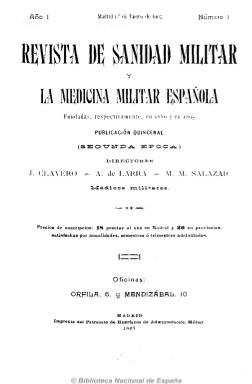
Título: Revista de sanidad militar y la medicina militar española
Colección: Medicina militar
Ámbito geográfico: Madrid
Lugar de publicación: Madrid
Fechas: 01/01/1907-15/12/1910

Fusión de las publicaciones Revista de sanidad militar (1887) y La medicina militar española (1895), esta cabecera es producto de “la necesidad de que exista sólo un periódico” en la prensa profesional española como órgano del Cuerpo oficial de Sanidad Militar, que agrupa a los médicos y farmacéuticos del ejército. La primera venía publicándose, bajo diferentes variaciones en su título, desde 1854, aunque considerándose su antecedente la Biblioteca médico castrense española, de 1851; mientras que la segunda había aparecido como suplemento mensual de Revista de clínica, terapéutica y farmacia.

Esta nueva cabecera estará dirigida por los médicos militares J. Clavero Benito (-1910), Ángel de Lara Cerezo (1858-1910), que había sido el fundador de La medicina…, y Manuel Martín Salazar (1854-1937). Pero a la muerte de los dos primeros, que se produjo en el plazo de un mes, tomará su dirección el tercero, apareciendo como redactores-jefes el médico militar José Potous Martínez y el farmacéutico militar José Úbeda y Correal (1857-1918).

Seguirá siendo quincenal (apareciendo los días 1 y 15 de cada mes), como su antecesora, y, generalmente, de 24 páginas, aunque publica en algunos números breves suplementos en los que da cuenta de la plantilla o escala del cuerpo o la denominada Sección profesional, como un manual legislativo de la sanidad militar, con paginación independiente, al objeto de que pudiera formar colección propia.

Los contenidos también siguen siendo del mismo carácter, artículos sobre sanidad general y militar, así como las tradicionales secciones de Prensa periódica, para dar cuenta de las novedades del progreso científico publicadas en otras publicaciones extranjeras y españolas; Sección oficial, con la legislación; Bibliografía, Variedades y Necrológicas. Contiene ilustraciones y fotografías.

Al final de cada tomo sigue publicando un índice analítico anual. Será continuada por Revista de sanidad militar (1911).